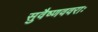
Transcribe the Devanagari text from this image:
सुवैष्णववराः